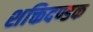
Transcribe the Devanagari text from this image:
शक्तिदण्डक